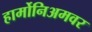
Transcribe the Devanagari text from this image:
हार्मोनिअमवर